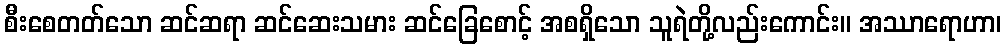
စီးစေတတ်သော ဆင်ဆရာ ဆင်ဆေးသမား ဆင်ခြေစောင့် အစရှိသော သူရဲတို့လည်းကောင်း။ အဿာရောဟာ၊